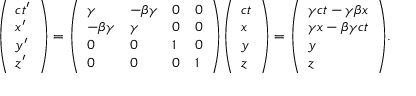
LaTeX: { \left( \begin{array} { l } { c t ^ { \prime } } \\ { x ^ { \prime } } \\ { y ^ { \prime } } \\ { z ^ { \prime } } \end{array} \right) } = { \left( \begin{array} { l l l l } { \gamma } & { - \beta \gamma } & { 0 } & { 0 } \\ { - \beta \gamma } & { \gamma } & { 0 } & { 0 } \\ { 0 } & { 0 } & { 1 } & { 0 } \\ { 0 } & { 0 } & { 0 } & { 1 } \end{array} \right) } { \left( \begin{array} { l } { c t } \\ { x } \\ { y } \\ { z } \end{array} \right) } = { \left( \begin{array} { l } { \gamma c t - \gamma \beta x } \\ { \gamma x - \beta \gamma c t } \\ { y } \\ { z } \end{array} \right) } .